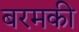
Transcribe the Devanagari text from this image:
बरमकी